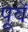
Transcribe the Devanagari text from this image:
पूवॅ